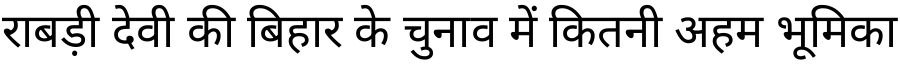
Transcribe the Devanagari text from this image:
राबड़ी देवी की बिहार के चुनाव में कितनी अहम भूमिका